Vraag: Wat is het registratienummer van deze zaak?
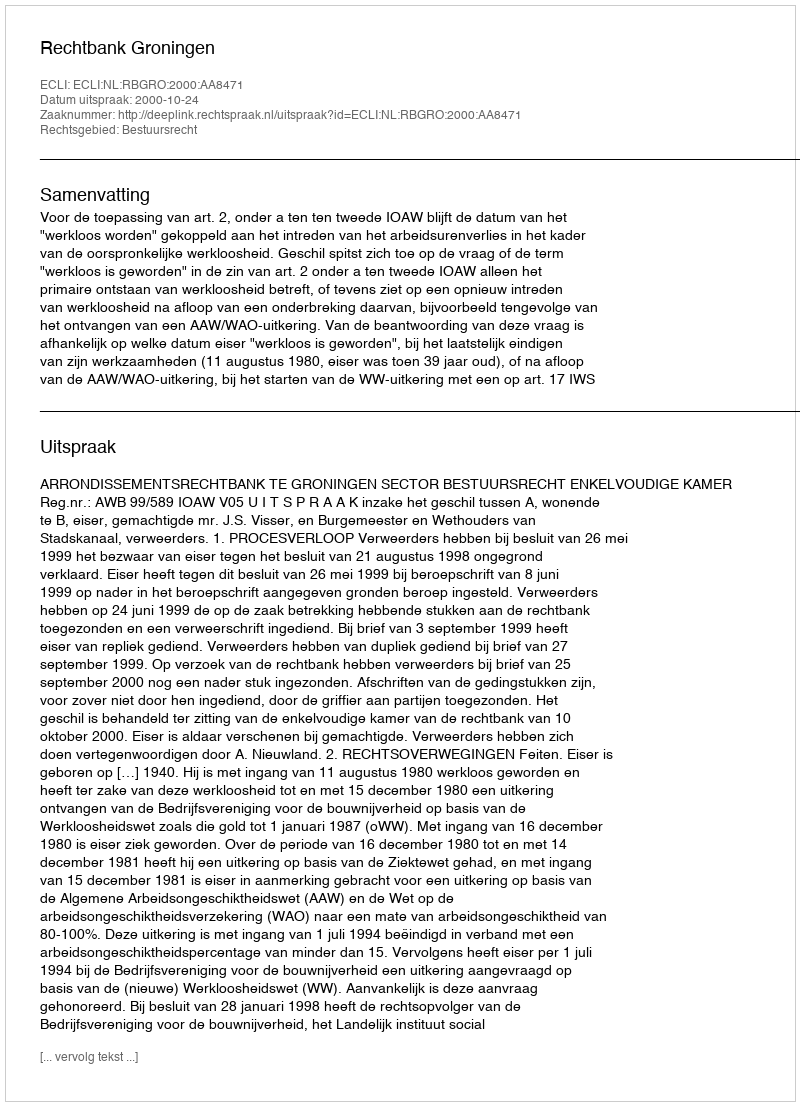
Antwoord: http://deeplink.rechtspraak.nl/uitspraak?id=ECLI:NL:RBGRO:2000:AA8471